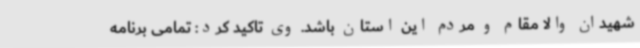
شهیدان والا مقام و مردم این استان باشد. وی تاکید کرد: تمامی برنامه